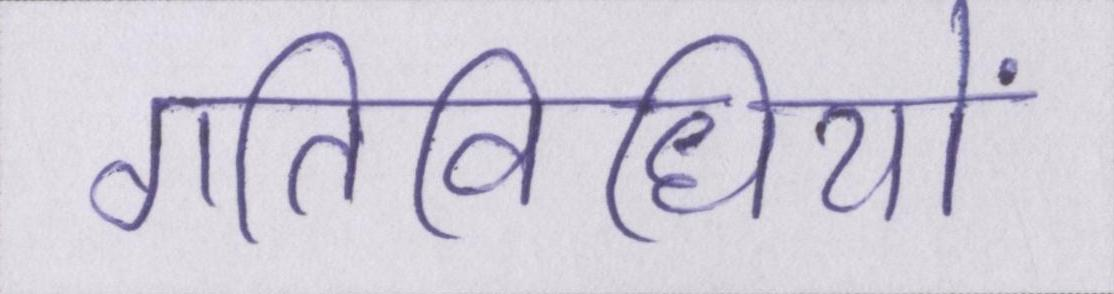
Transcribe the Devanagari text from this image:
गतिविधियों